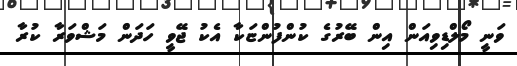
ވަނީ މޯލްޑިވިއަން އިން ބޭރުގެ ކުންފުންޏަކާ އެކު ޖޭވީ ހަދަން މަޝްވަރާ ކުރާ